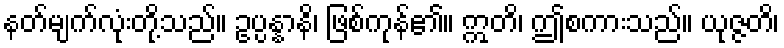
နတ်မျက်လုံးတို့သည်။ ဥပ္ပန္နာနိ၊ ဖြစ်ကုန်၏။ ဣတိ၊ ဤစကားသည်။ ယုဇ္ဇတိ၊